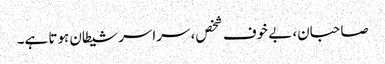
صاحبان، بے خوف شخص، سراسر شیطان ہوتا ہے۔